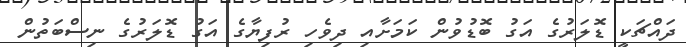
ދައްޗަކީ ޑޮލަރުގެ އަގު ބޮޑުވުން ކަމަށާއި ދިވެހި ރުފިޔާގެ އަގު ޑޮލަރުގެ ނިސްބަތުން